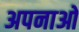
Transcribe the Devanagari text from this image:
अपनाओ